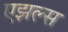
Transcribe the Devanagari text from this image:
एझल्स